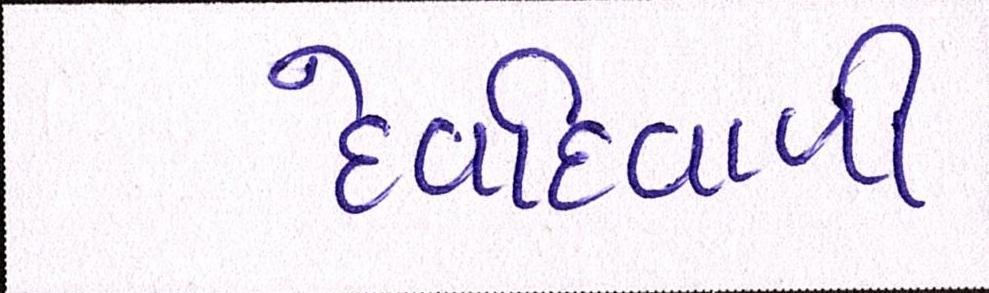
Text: દેવદિવાળી